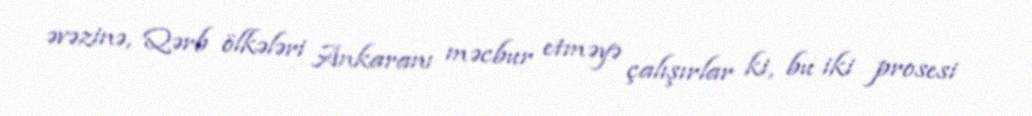
əvəzinə, Qərb ölkələri Ankaranı məcbur etməyə çalışırlar ki, bu iki prosesi